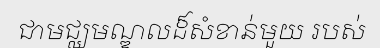
ជាមជ្ឈមណ្ឌលដ៏សំខាន់មួយ របស់